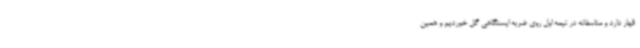
قهار دارد و متاسفانه در نیمه اول روی ضربه ایستگاهی گل خوردیم و همین